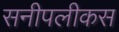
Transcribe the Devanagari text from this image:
सनीपलीकस